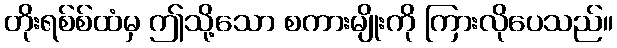
တိုးရစ်စ်ထံမှ ဤသို့သော စကားမျိုးကို ကြားလိုပေသည်။